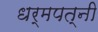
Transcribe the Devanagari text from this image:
धर्मपत्‍नी